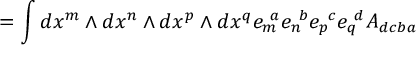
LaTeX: = \int d x ^ { m } \wedge d x ^ { n } \wedge d x ^ { p } \wedge d x ^ { q } e _ { m } ^ { \ a } e _ { n } ^ { \ b } e _ { p } ^ { \ c } e _ { q } ^ { \ d } A _ { d c b a }